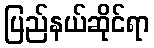
ပြည်နယ်ဆိုင်ရာ